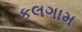
કલગામ